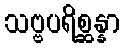
သဗ္ဗပရိစ္ဆန္နာ